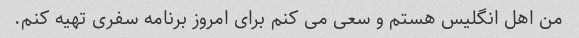
من اهل انگلیس هستم و سعی می کنم برای امروز برنامه سفری تهیه کنم.